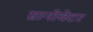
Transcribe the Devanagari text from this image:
ग्रानोवेटर